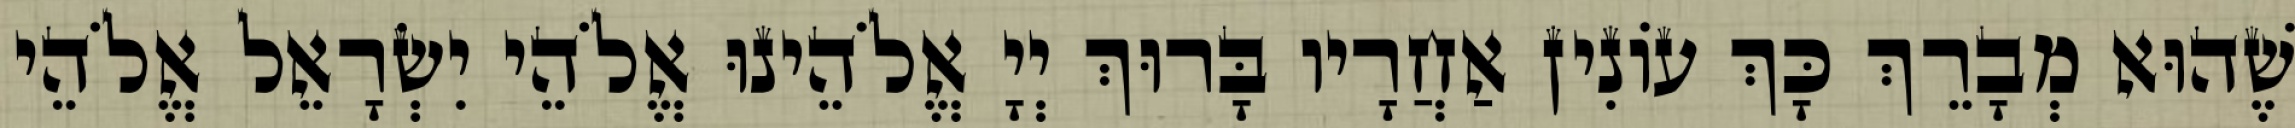
שֶׁהוּא מְבָרֵךְ כָּךְ עוֹנִין אַחֲרָיו בָּרוּךְ יְיָ אֱלֹהֵינוּ אֱלֹהֵי יִשְׂרָאֵל אֱלֹהֵי